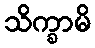
သိက္ခာမိ